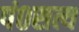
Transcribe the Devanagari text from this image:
पं०सत्य